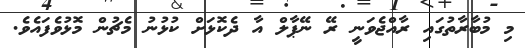
މި މުބާރާތުގައި ރާއްޖެވަނީ ރޭ ނޭޕާލް އާ ދެކޮޅަށް ކުޅުނު މެޗުން މޮޅުވެފައެވެ.